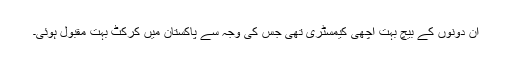
ان دونوں کے بیچ بہت اچھی کیمسٹری تھی جس کی وجہ سے پاکستان میں کرکٹ بہت مقبول ہوئی۔